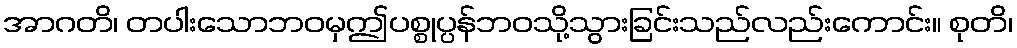
အာဂတိ၊ တပါးသောဘဝမှဤပစ္စုပ္ပန်ဘဝသို့သွားခြင်းသည်လည်းကောင်း။ စုတိ၊